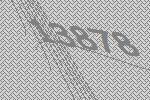
13878